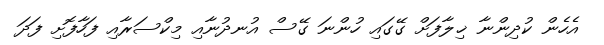
އެހެން ކުދިންނާ ޚިލާފަށް ގޭގައި ހުންނަ ގޭސް އުނދުނާއި މިކްސަރާއި ފަހާފޮށި ފަދަ